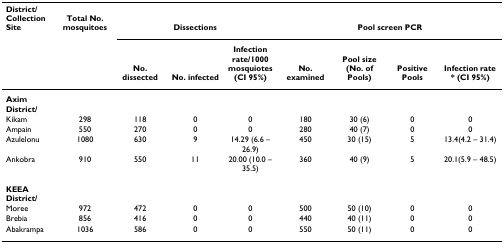
<table><thead><tr><td><b>District/Collection Site</b></td><td><b>Total No. mosquitoes</b></td><td colspan="3"><b>Dissections</b></td><td colspan="4"><b>Pool screen PCR</b></td></tr><tr><td></td><td></td><td><b>No. dissected</b></td><td><b>No. infected</b></td><td><b>Infection rate/1000 mosquiotes (CI 95%)</b></td><td><b>No. examined</b></td><td><b>Pool size (No. of Pools)</b></td><td><b>Positive Pools</b></td><td><b>Infection rate * (CI 95%)</b></td></tr></thead><tbody><tr><td><b>Axim District/</b></td><td></td><td></td><td></td><td></td><td></td><td></td><td></td><td></td></tr><tr><td>Kikam</td><td>298</td><td>118</td><td>0</td><td>0</td><td>180</td><td>30 (6)</td><td>0</td><td>0</td></tr><tr><td>Ampain</td><td>550</td><td>270</td><td>0</td><td>0</td><td>280</td><td>40 (7)</td><td>0</td><td>0</td></tr><tr><td>Azulelonu</td><td>1080</td><td>630</td><td>9</td><td>14.29 (6.6 – 26.9)</td><td>450</td><td>30 (15)</td><td>5</td><td>13.4(4.2 – 31.4)</td></tr><tr><td>Ankobra</td><td>910</td><td>550</td><td>11</td><td>20.00 (10.0 – 35.5)</td><td>360</td><td>40 (9)</td><td>5</td><td>20.1(5.9 – 48.5)</td></tr><tr><td><b>KEEA District/</b></td><td></td><td></td><td></td><td></td><td></td><td></td><td></td><td></td></tr><tr><td>Moree</td><td>972</td><td>472</td><td>0</td><td>0</td><td>500</td><td>50 (10)</td><td>0</td><td>0</td></tr><tr><td>Brebia</td><td>856</td><td>416</td><td>0</td><td>0</td><td>440</td><td>40 (11)</td><td>0</td><td>0</td></tr><tr><td>Abakrampa</td><td>1036</td><td>586</td><td>0</td><td>0</td><td>550</td><td>50 (11)</td><td>0</td><td>0</td></tr></tbody></table>